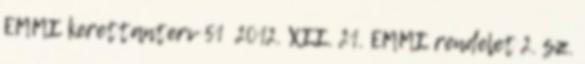
EMMI kerettanterv 51 2012. XII. 21. EMMI rendelet 2. sz.